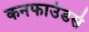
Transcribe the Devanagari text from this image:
कनफाउंडर्स